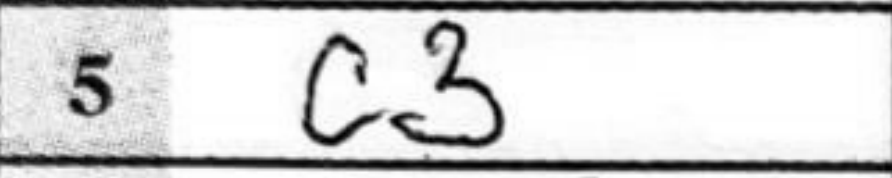
Transcription: c3